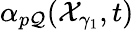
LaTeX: \alpha_{p\mathcal{Q}}(\mathcal{{X}}_{\gamma_{1}},t)